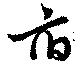
府